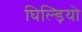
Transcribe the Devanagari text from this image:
घिल्ड़ियो